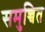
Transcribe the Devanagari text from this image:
समुच्चित